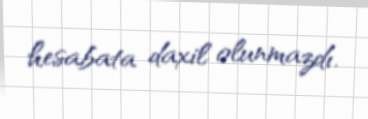
hesabata daxil olunmazdı.